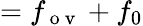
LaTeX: =f_{\mathrm{~o~v~}}+f_{0}